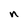
Character: n